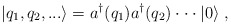
\begin{align*}|q_1,q_2,...\rangle = a^\dagger(q_1) a^\dagger(q_2) \cdot\cdot\cdot|0\rangle \;,\end{align*}